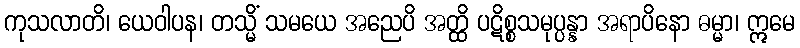
ကုသလာတိ၊ ယေဝါပန၊ တသ္မိံ သမယေ အညေပိ အတ္ထိ ပဋိစ္စသမုပ္ပန္နာ အရာပိနော ဓမ္မာ၊ ဣမေ